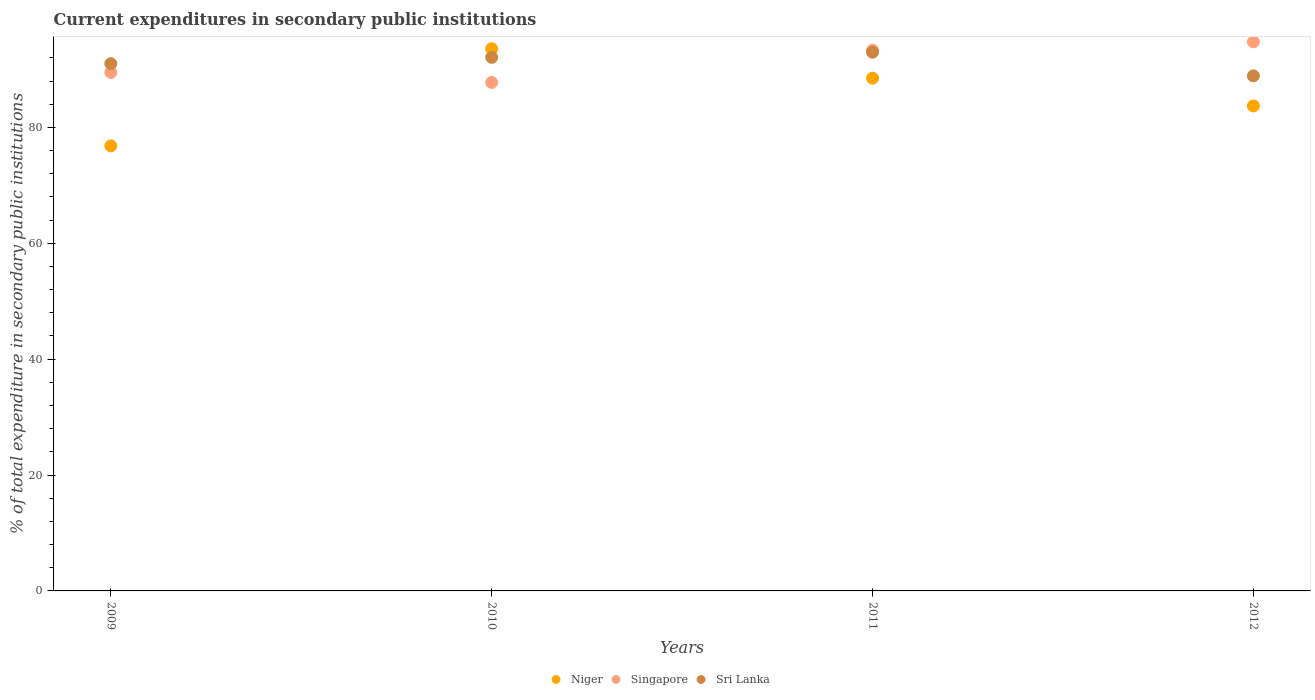
| Years | Niger | Singapore | Sri Lanka |
 | --- | --- | --- | --- |
 | 2009 | 76.8 | 89.5 | 91 |
 | 2010 | 93.6 | 87.8 | 92.1 |
 | 2011 | 88.5 | 93.3 | 93 |
 | 2012 | 83.7 | 94.8 | 88.9 |